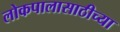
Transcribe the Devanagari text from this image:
लोकपालासाठीच्या